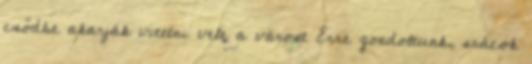
csődbe akarják vitetni vele a várost Erre gondoltunk, srácok